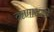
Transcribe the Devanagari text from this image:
ऋणायनों